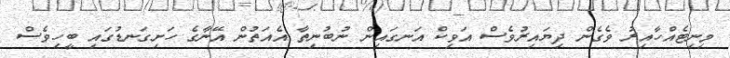
މިނިޓެއްހާއިރު ވެގެން ދިޔައިރުވެސް އަވިކް އަނގައިން ނުބުނިތާ އެއަތުން އޭނާގެ ހަށިގަނޑުގައި ބީހިވެސް